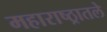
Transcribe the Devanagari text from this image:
महाराष्ठ्रातले